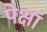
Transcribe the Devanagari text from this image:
पेक्षां